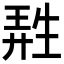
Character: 𤯩